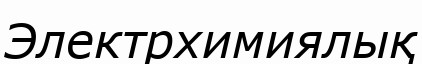
Электрхимиялық